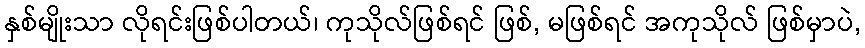
နှစ်မျိုးသာ လိုရင်းဖြစ်ပါတယ်၊ ကုသိုလ်ဖြစ်ရင် ဖြစ်, မဖြစ်ရင် အကုသိုလ် ဖြစ်မှာပဲ,